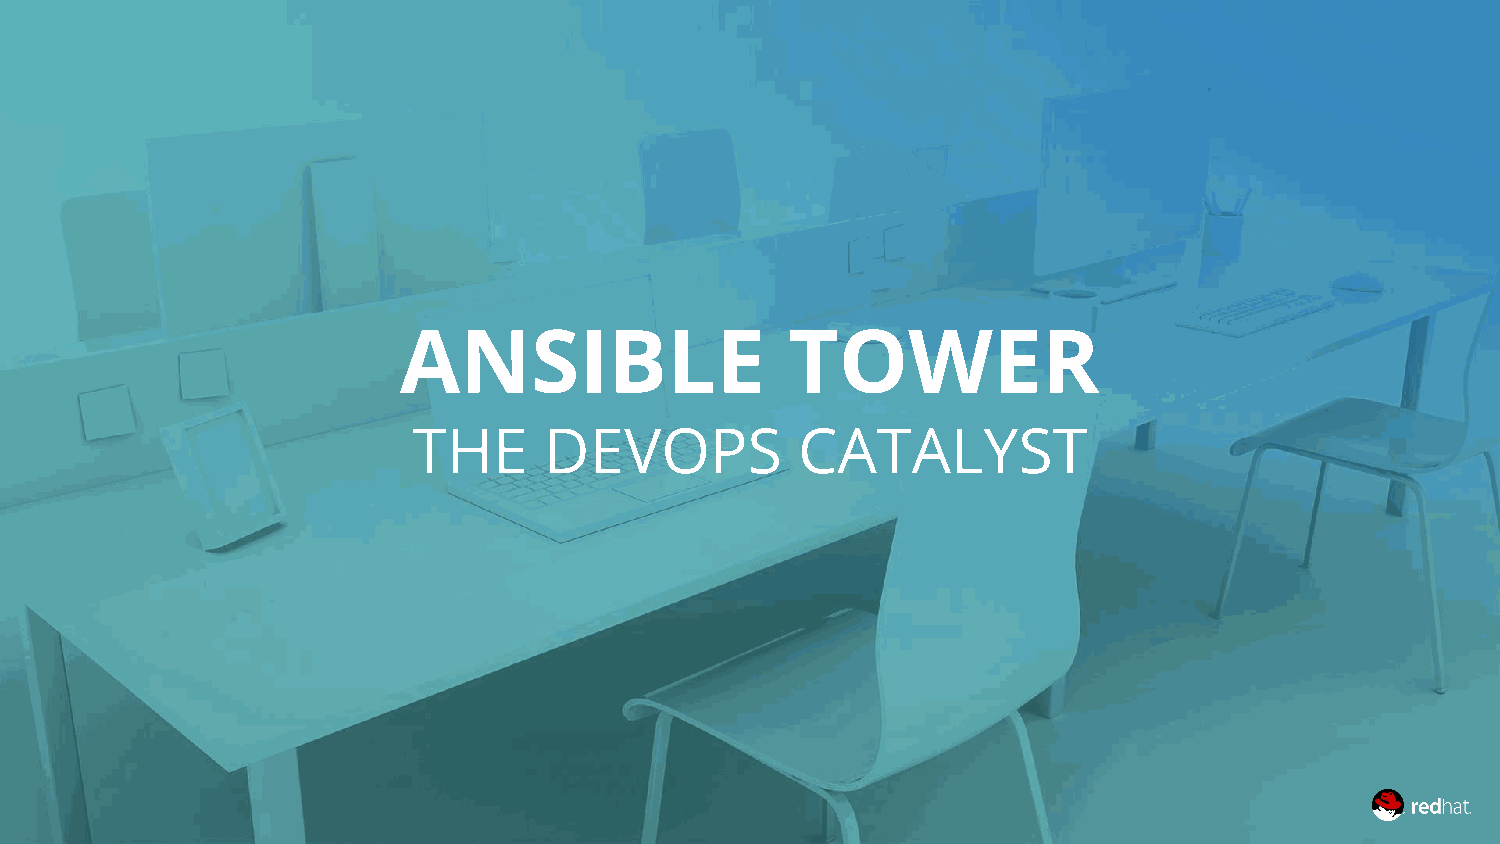
ANSIBLE                   TOWER
 THE      DEVOPS           CATALYST